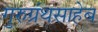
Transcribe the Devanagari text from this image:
गुरुग्रंथसाहेब